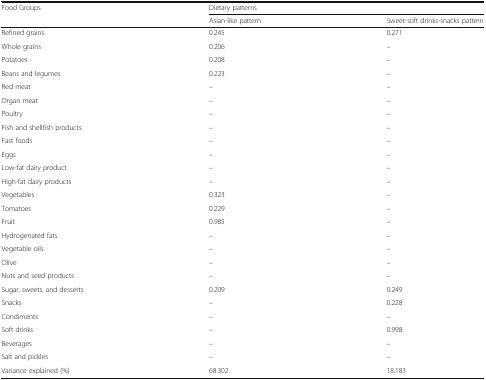
<table><thead><tr><td rowspan="2"><b>Food Groups</b></td><td colspan="2"><b>Dietary patterns</b></td></tr><tr><td><b>Asian-like pattern</b></td><td><b>Sweet-soft drinks-snacks pattern</b></td></tr></thead><tbody><tr><td>Refined grains</td><td>0.245</td><td>0.271</td></tr><tr><td>Whole grains</td><td>0.206</td><td>–</td></tr><tr><td>Potatoes</td><td>0.208</td><td>–</td></tr><tr><td>Beans and legumes</td><td>0.223</td><td>–</td></tr><tr><td>Red meat</td><td>–</td><td>–</td></tr><tr><td>Organ meat</td><td>–</td><td>–</td></tr><tr><td>Poultry</td><td>–</td><td>–</td></tr><tr><td>Fish and shellfish products</td><td>–</td><td>–</td></tr><tr><td>Fast foods</td><td>–</td><td>–</td></tr><tr><td>Eggs</td><td>–</td><td>–</td></tr><tr><td>Low-fat dairy product</td><td>–</td><td>–</td></tr><tr><td>High-fat dairy products</td><td>–</td><td>–</td></tr><tr><td>Vegetables</td><td>0.323</td><td>–</td></tr><tr><td>Tomatoes</td><td>0.229</td><td>–</td></tr><tr><td>Fruit</td><td>0.985</td><td>–</td></tr><tr><td>Hydrogenated fats</td><td>–</td><td>–</td></tr><tr><td>Vegetable oils</td><td>–</td><td>–</td></tr><tr><td>Olive</td><td>–</td><td>–</td></tr><tr><td>Nuts and seed products</td><td>–</td><td>–</td></tr><tr><td>Sugar, sweets, and desserts</td><td>0.209</td><td>0.249</td></tr><tr><td>Snacks</td><td>–</td><td>0.228</td></tr><tr><td>Condiments</td><td>–</td><td>–</td></tr><tr><td>Soft drinks</td><td>–</td><td>0.998</td></tr><tr><td>Beverages</td><td>–</td><td>–</td></tr><tr><td>Salt and pickles</td><td>–</td><td>–</td></tr><tr><td>Variance explained (%)</td><td>68.302</td><td>18.183</td></tr></tbody></table>